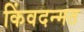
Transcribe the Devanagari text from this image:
किंवदन्मत